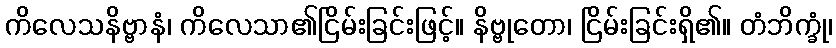
ကိလေသနိဗ္ဗာနံ၊ ကိလေသာ၏ငြိမ်းခြင်းဖြင့်။ နိဗ္ဗုတော၊ ငြိမ်းခြင်းရှိ၏။ တံဘိက္ခုံ၊